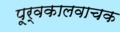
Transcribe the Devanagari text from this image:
पूर्वकालवाचक